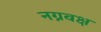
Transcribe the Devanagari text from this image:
नग्नवक्ष